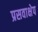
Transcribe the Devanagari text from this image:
प्रसवाक्षेप